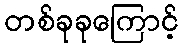
တစ်ခုခုကြောင့်